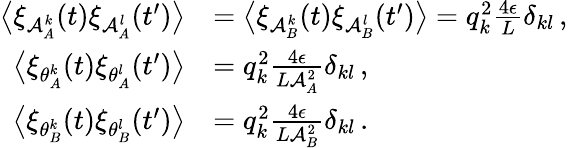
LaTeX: \begin{array}{rl}{\big\langle\xi_{\mathcal{A}_{A}^{k}}(t)\xi_{\mathcal{A}_{A}^{l}}(t^{\prime})\big\rangle}&{=\big\langle\xi_{\mathcal{A}_{B}^{k}}(t)\xi_{\mathcal{A}_{B}^{l}}(t^{\prime})\big\rangle=q_{k}^{2}\frac{4\epsilon}{L}\delta_{kl}\, ,}\\ {\big\langle\xi_{\theta_{A}^{k}}(t)\xi_{\theta_{A}^{l}}(t^{\prime})\big\rangle}&{=q_{k}^{2}\frac{4\epsilon}{L\mathcal{A}_{A}^{2}}\delta_{kl}\, ,}\\ {\big\langle\xi_{\theta_{B}^{k}}(t)\xi_{\theta_{B}^{l}}(t^{\prime})\big\rangle}&{=q_{k}^{2}\frac{4\epsilon}{L\mathcal{A}_{B}^{2}}\delta_{kl}\, .}\end{array}